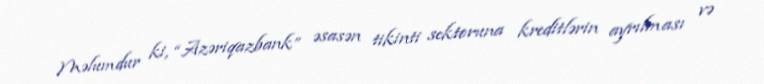
Məlumdur ki, “Azəriqazbank” əsasən tikinti sektoruna kreditlərin ayrılması və